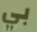
بي